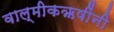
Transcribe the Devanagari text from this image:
वाल्मीकऋषींनी